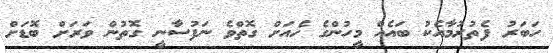
ހަބަރު ފެތުރުމާއެކު ބައެއް މީހުންގެ ހެއަށް ގޮތްވެ ނަފުސާނީ ގޮތުން ވަރަށް ބޮޑަށް